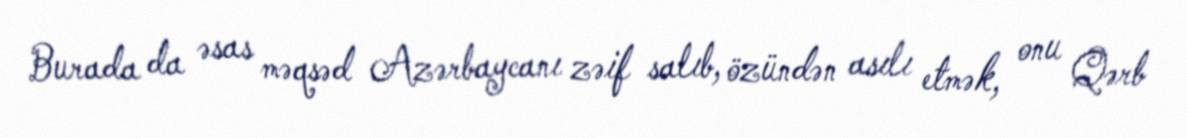
Burada da əsas məqsəd Azərbaycanı zəif salıb, özündən asılı etmək, onu Qərb